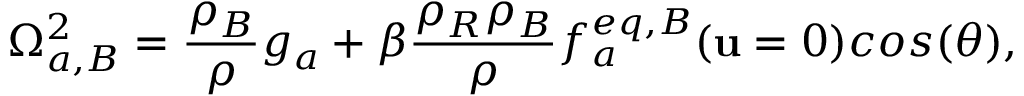
\Omega _ { a , B } ^ { 2 } = \frac { \rho _ { B } } { \rho } g _ { a } + \beta \frac { \rho _ { R } \rho _ { B } } { \rho } f _ { a } ^ { e q , B } ( \mathbf { u } = 0 ) c o s ( \theta ) ,